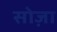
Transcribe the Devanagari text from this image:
सोज़ा